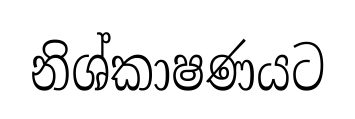
නිශ්කාෂණයට